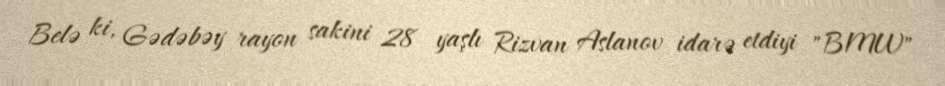
Belə ki, Gədəbəy rayon sakini 28 yaşlı Rizvan Aslanov idarə etdiyi "BMW"